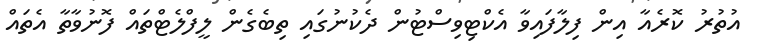
އުތުރު ކޮރެއާ އިން ފިލާފައިވާ އެކްޓިވިސްޓުން ދެކުނުގައި ތިބެގެން ލީފްލެޓްތައް ފޮނުވާތާ އެތައް